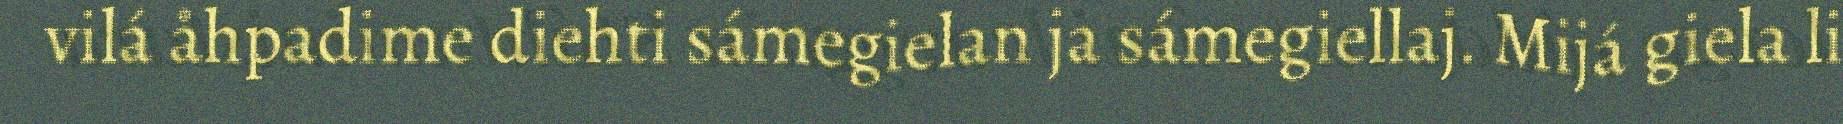
vilá åhpadime diehti sámegielan ja sámegiellaj. Mijá giela li